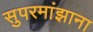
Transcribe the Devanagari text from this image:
सुपरमांझाना